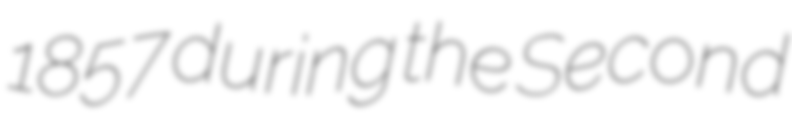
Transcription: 1857 during the Second